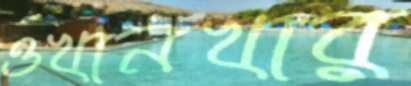
ওখানখার